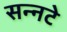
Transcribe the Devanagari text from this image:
सन्नटे